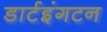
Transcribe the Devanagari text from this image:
डार्टइंगटन